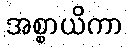
အစ္စာယိကာ